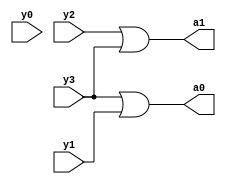

module Encoder_dataflow(a0,a1,y0,y1,y2,y3);
output a0,a1;
input  y0,y1,y2,y3;
assign a0=(y3|y1);
assign a1=(y2|y3);

endmodule